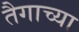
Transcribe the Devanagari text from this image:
तैगाच्या